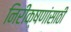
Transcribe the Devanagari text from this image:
निरीक्षणांसाठी